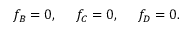
f _ { B } = 0 , ~ ~ ~ ~ f _ { C } = 0 , ~ ~ ~ ~ f _ { D } = 0 .